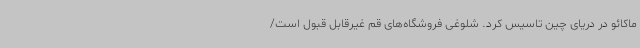
ماکائو در دریای چین تاسیس کرد. شلوغی فروشگاه‌های قم غیرقابل قبول است/